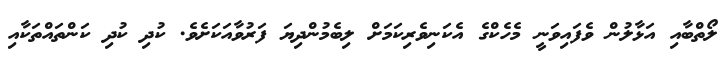
ލޯތްބާއި އަޅާލުން ވެފައިވަނީ މެހެކްގެ އެކަނިވެރިކަމަށް ލިބެމުންދިޔަ ފަރުވާއަކަށެވެ. ކުދި ކުދި ކަންތައްތަކާއި